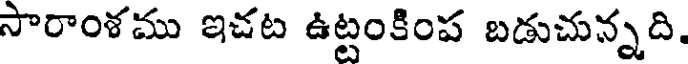
సారాంశము ఇచట ఉట్టంకింప బడుచున్నది.